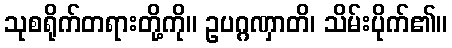
သုစရိုက်တရားတို့ကို။ ဥပဂ္ဂဏှာတိ၊ သိမ်းပိုက်၏။